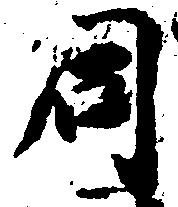
同